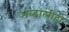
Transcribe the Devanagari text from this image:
अब्दालीही